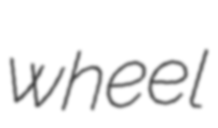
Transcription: wheel